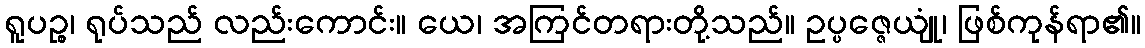
ရူပဉ္စ၊ ရုပ်သည် လည်းကောင်း။ ယေ၊ အကြင်တရားတို့သည်။ ဥပ္ပဇ္ဇေယျုံ၊ ဖြစ်ကုန်ရာ၏။